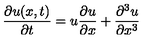
{ \frac { \partial u ( x , t ) } { \partial t } } = u { \frac { \partial u } { \partial x } } + { \frac { \partial ^ { 3 } u } { \partial x ^ { 3 } } }